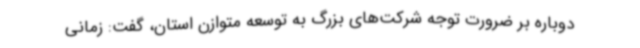
دوباره بر ضرورت توجه شرکت‌های بزرگ به توسعه متوازن استان، گفت: زمانی